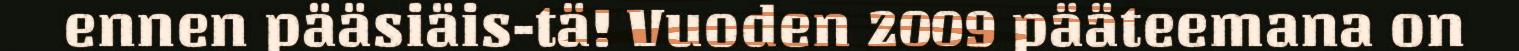
ennen pääsiäis-tä! Vuoden 2009 pääteemana on